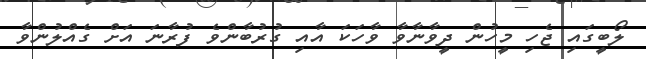
ލޯބީގައި ޖެހި މީހުން ދީވާނާވާ ވާހަކަ އާއި ގުރުބާންވެ ފުރާނަ އަށް ގެއްލުންވާ